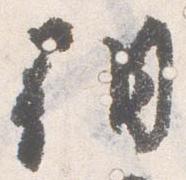
朝